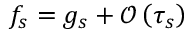
f _ { s } = g _ { s } + \mathcal { O } \left( \tau _ { s } \right)